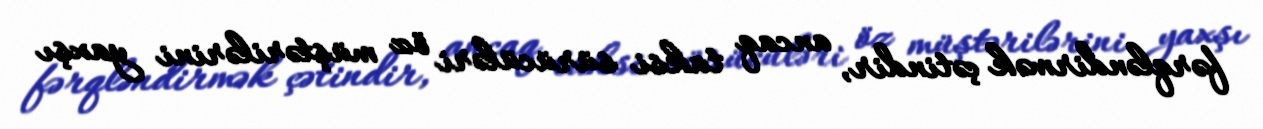
fərqləndirmək çətindir, ancaq taksi sürücüləri öz müştərilərini yaxşı